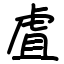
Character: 虘